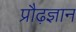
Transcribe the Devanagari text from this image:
प्रौढ़ज्ञान